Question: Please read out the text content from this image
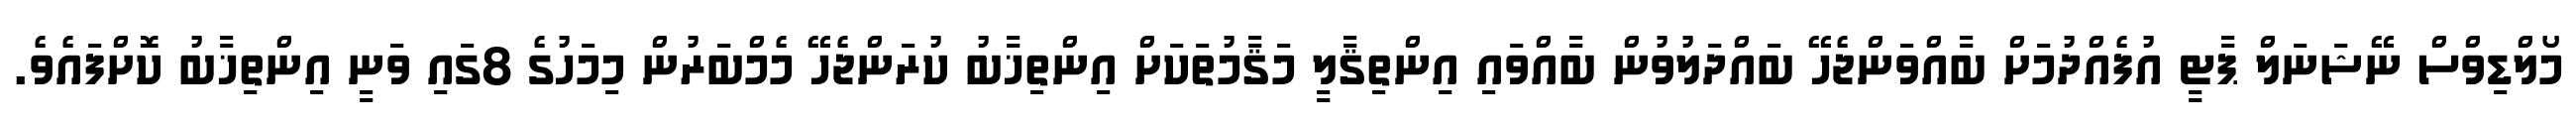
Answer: މޯލްޑިވްސް ނޭޝަނަލް ޕާޓީ އުފެއްދުމަށް ބާއްވަންޖެހޭ ބައްދަލުވުން ބާއްވައި އިންތިޤާލީ މަޤާމުތަކަށް އިންތިޚާބު ކުރަންޖެހޭ މެމްބަރުން މިމަހުގެ 8ގައި ވަނީ އިންތިޚާބު ކޮށްފައެވެ.